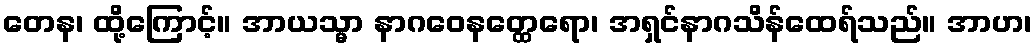
တေန၊ ထို့ကြောင့်။ အာယသ္မာ နာဂဝေနတ္ထေရော၊ အရှင်နာဂသိန်ထေရ်သည်။ အာဟ၊